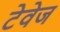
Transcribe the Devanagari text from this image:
टेवेज